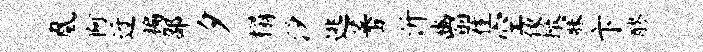
凰阿迓褊邵夕榻汐逃蕃沂豳瞿空像撤寐卞醪